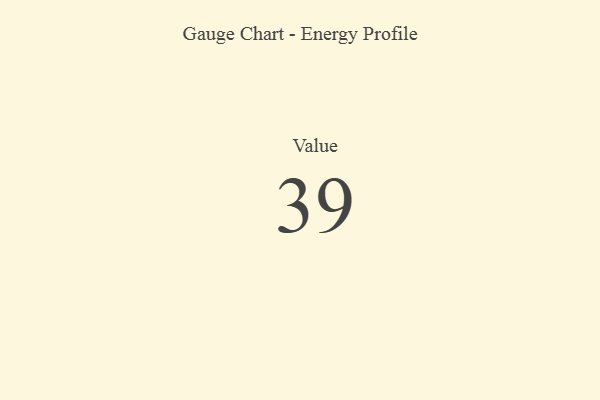
{"axis": {"x": "Metric", "y": "Value"}, "legend": [""], "data": [{"x": "Value", "y": 39, "type": ""}]}